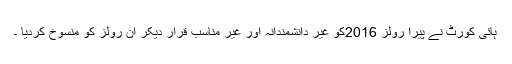
ہائی کورٹ نے پیرا رولز 2016کو غیر دانشمندانہ اور غیر مناسب قرار دیکر ان رولز کو منسوخ کردیا ۔